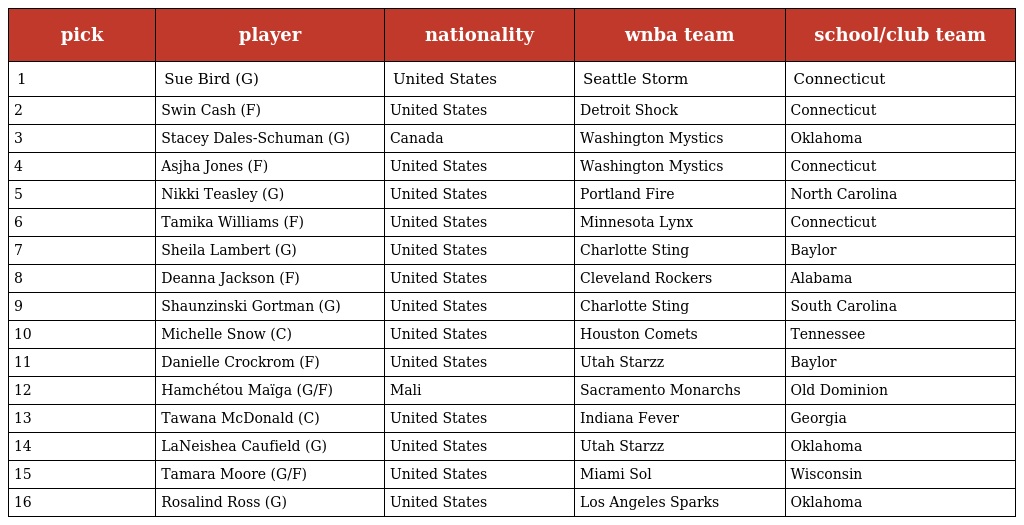
| pick | player | nationality | wnba team | school/club team |
 | --- | --- | --- | --- | --- |
 | 1 | Sue Bird (G) | United States | Seattle Storm | Connecticut |
 | 2 | Swin Cash (F) | United States | Detroit Shock | Connecticut |
 | 3 | Stacey Dales-Schuman (G) | Canada | Washington Mystics | Oklahoma |
 | 4 | Asjha Jones (F) | United States | Washington Mystics | Connecticut |
 | 5 | Nikki Teasley (G) | United States | Portland Fire | North Carolina |
 | 6 | Tamika Williams (F) | United States | Minnesota Lynx | Connecticut |
 | 7 | Sheila Lambert (G) | United States | Charlotte Sting | Baylor |
 | 8 | Deanna Jackson (F) | United States | Cleveland Rockers | Alabama |
 | 9 | Shaunzinski Gortman (G) | United States | Charlotte Sting | South Carolina |
 | 10 | Michelle Snow (C) | United States | Houston Comets | Tennessee |
 | 11 | Danielle Crockrom (F) | United States | Utah Starzz | Baylor |
 | 12 | Hamchétou Maïga (G/F) | Mali | Sacramento Monarchs | Old Dominion |
 | 13 | Tawana McDonald (C) | United States | Indiana Fever | Georgia |
 | 14 | LaNeishea Caufield (G) | United States | Utah Starzz | Oklahoma |
 | 15 | Tamara Moore (G/F) | United States | Miami Sol | Wisconsin |
 | 16 | Rosalind Ross (G) | United States | Los Angeles Sparks | Oklahoma |